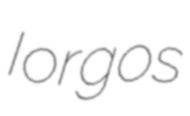
Iorgos